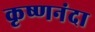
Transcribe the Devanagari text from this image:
कृष्णनंदा